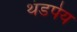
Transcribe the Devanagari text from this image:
थंडपेय